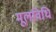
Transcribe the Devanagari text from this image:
मूलविधि